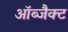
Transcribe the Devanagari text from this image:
ऑब्जैक्ट